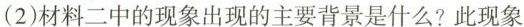
(2)材料二中的现象出现的主要背景是什么?此现象